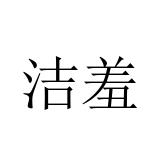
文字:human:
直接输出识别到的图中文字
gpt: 洁羞